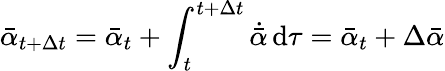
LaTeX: \bar{\alpha}_{t+\Delta t}=\bar{\alpha}_{t}+\int_{t}^{{t+\Delta t}}\dot{\bar{\alpha}}\, \mathrm{d}\tau=\bar{\alpha}_{t}+\Delta\bar{\alpha}